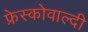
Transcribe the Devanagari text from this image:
फ्रेस्कोवाल्दी